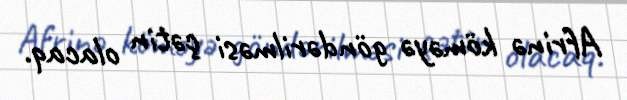
Afrinə köməyə göndərilməsi çətin olacaq.